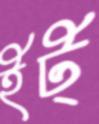
ইট্